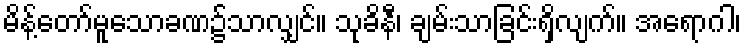
မိန့်တော်မူသောခဏ၌သာလျှင်။ သုခိနီ၊ ချမ်းသာခြင်းရှိလျက်။ အရောဂါ၊